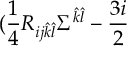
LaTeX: ( \frac { 1 } { 4 } R _ { i j \hat { k } \hat { l } } \Sigma ^ { \hat { k } \hat { l } } - \frac { 3 i } { 2 }